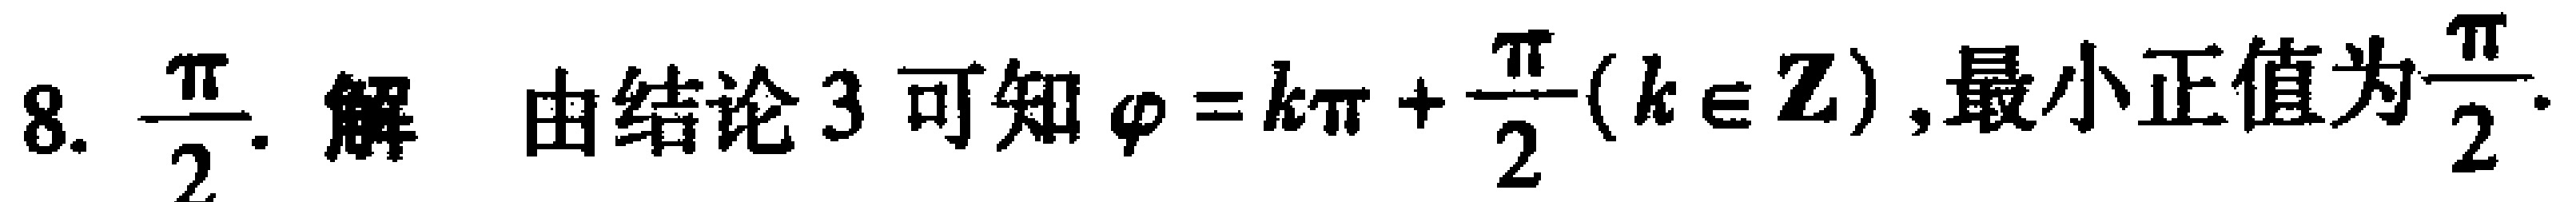
8. $\dfrac{\pi}{2}$. 解 由结论 3 可知 $\varphi = k\pi+\dfrac{\pi}{2}(k\in \mathbf{Z})$, 最小正值为 $\dfrac{\pi}{2}$.